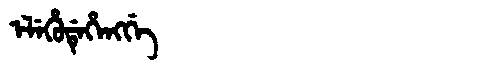
Manchu: ᡝᠯᡝᡥᡠᡩᡝᡥᡝᠩᡤᡝ
Romanization: ELEHUDEHENGGE